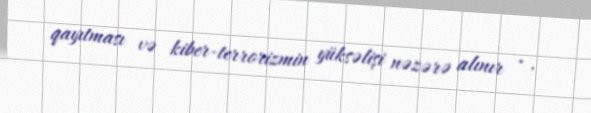
qayıtması və kiber-terrorizmin yüksəlişi nəzərə alınır · .